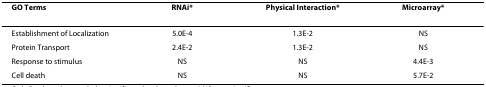
<table><thead><tr><td><b>GO Terms</b></td><td><b>RNAi*</b></td><td><b>Physical Interaction*</b></td><td><b>Microarray*</b></td></tr></thead><tbody><tr><td>Establishment of Localization</td><td>5.0E-4</td><td>1.3E-2</td><td>NS</td></tr><tr><td>Protein Transport</td><td>2.4E-2</td><td>1.3E-2</td><td>NS</td></tr><tr><td>Response to stimulus</td><td>NS</td><td>NS</td><td>4.4E-3</td></tr><tr><td>Cell death</td><td>NS</td><td>NS</td><td>5.7E-2</td></tr></tbody></table>